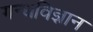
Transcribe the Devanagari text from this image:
गन्धविज्ञान